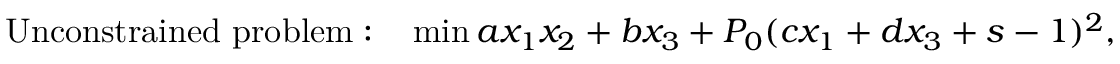
\mathrm { U n c o n s t r a i n e d \ p r o b l e m : \quad } \operatorname* { m i n } a x _ { 1 } x _ { 2 } + b x _ { 3 } + P _ { 0 } ( c x _ { 1 } + d x _ { 3 } + s - 1 ) ^ { 2 } ,